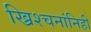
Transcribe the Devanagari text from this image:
ख्रिश्चनांनिही